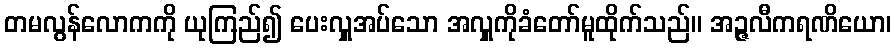
တမလွန်လောကကို ယုကြည်၍ ပေးလှူအပ်သော အလှူကိုခံတော်မူထိုက်သည်။ အဉ္ဇလီကရဏိယော၊